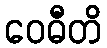
ဝေဓီတိ